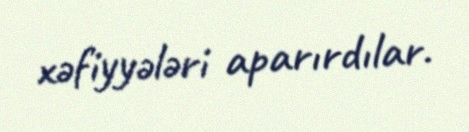
xəfiyyələri aparırdılar.